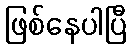
ဖြစ်နေပါပြီ